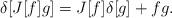
LaTeX: \begin{align*}\delta[J[f]g] = J[f]\delta[g] + fg.\end{align*}